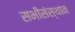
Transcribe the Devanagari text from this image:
सभीसंस्थान